Insane asylums in Bengal annual reports 1876-1887 - 1876-1887
Year: 1876
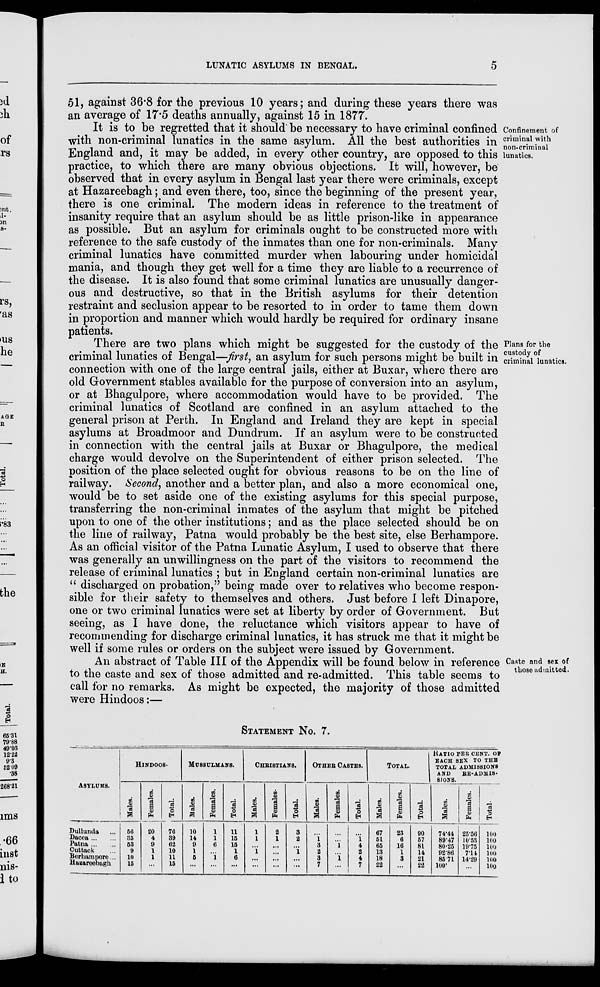
LUNATIC ASYLUMS IN BENGAL.
5
51, against 36.8 for the previous 10 years; and during these years there was
an average of 17.5 deaths annually, against 15 in 1877.
Confinement of
criminal with
non-criminal
lunatics.
It is to be regretted that it should be necessary to have criminal confined
with non-criminal lunatics in the same asylum. All the best authorities in
England and, it may be added, in every other country, are opposed to this
practice, to which there are many obvious objections. It will, however, be
observed that in every asylum in Bengal last year there were criminals, except
at Hazareebagh; and even there, too, since the beginning of the present year,
there is one criminal. The modern ideas in reference to the treatment of
insanity require that an asylum should be as little prison-like in appearance
as possible. But an asylum for criminals ought to be constructed more with
reference to the safe custody of the inmates than one for non-criminals. Many
criminal lunatics have committed murder when labouring under homicidal
mania, and though they get well for a time they are liable to a recurrence of
the disease. It is also found that some criminal lunatics are unusually danger-
ous and destructive, so that in the British asylums for their detention
restraint and seclusion appear to be resorted to in order to tame them down
in proportion and manner which would hardly be required for ordinary insane
patients.
Plans for the
custody of
criminal lunatics.
There are two plans which might be suggested for the custody of the
criminal lunatics of Bengal—first, an asylum for such persons might be built in
connection with one of the large central jails, either at Buxar, where there are
old Government stables available for the purpose of conversion into an asylum,
or at Bhagulpore, where accommodation would have to be provided. The
criminal lunatics of Scotland are confined in an asylum attached to the
general prison at Perth. In England and Ireland they are kept in special
asylums at Broadmoor and Dundrum. If an asylum were to be constructed
in connection with the central jails at Buxar or Bhagulpore, the medical
charge would devolve on the Superintendent of either prison selected. The
position of the place selected ought for obvious reasons to be on the line of
railway. Second, another and a better plan, and also a more economical one,
would be to set aside one of the existing asylums for this special purpose,
transferring the non-criminal inmates of the asylum that might be pitched
upon to one of the other institutions; and as the place selected should be on
the line of railway, Patna would probably be the best site, else Berhampore.
As an official visitor of the Patna Lunatic Asylum, I used to observe that there
was generally an unwillingness on the part of the visitors to recommend the
release of criminal lunatics ; but in England certain non-criminal lunatics are
" discharged on probation," being made over to relatives who become respon-
sible for their safety to themselves and others. Just before I left Dinapore,
one or two criminal lunatics were set at liberty by order of Government. But
seeing, as I have done, the reluctance which visitors appear to have of
recommending for discharge criminal lunatics, it has struck me that it might be
well if some rules or orders on the subject were issued by Government.
Caste and sex of
those admitted.
An abstract of Table III of the Appendix will be found below in reference
to the caste and sex of those admitted and re-admitted. This table seems to
call for no remarks. As might be expected, the majority of those admitted
were Hindoos:—
STATEMENT No. 7.
ASYLUMS.
Dullunda ...
Dacca ... ...
Patna ... ...
Cuttack ...
Berhampore ...
Hazareebagh
HINDOOS.
Males.
56
35
53
9
10
15
Females.
20
4
9
1
1
...
Total.
76
39
62
10
11
15
MUSSULMANS.
Males.
10
14
9
1
5
...
Females.
1
1
6
...
1
...
Total.
11
15
15
1
6
...
CHRISTIANS.
Males.
1
1
...
1
...
...
Females.
2
1
...
...
...
...
Total.
3
2
...
1
...
...
OTHER CASTES.
Males.
...
1
3
2
3
7
Females.
...
...
1
...
1
...
Total.
...
1
4
2
4
7
TOTAL.
Males.
67
51
65
13
18
22
Females.
23
6
16
1
3
...
Total.
90
57
81
14
21
22
RATIO PER CENT. OF
EACH SEX TO THE
TOTAL ADMISSIONS
AND
RE-ADMIS-
SIONS.
Males.
74.44
89.47
80.25
92.86
85.71
100.
Females.
25.56
10.53
19.75
7.14
14.29
...
Total.
100
100
100
100
100
100